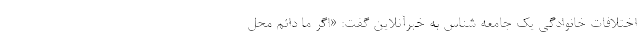
اختلافات خانوادگی یک جامعه شناس به خبرآنلاین گفت: «اگر ما دائم محل